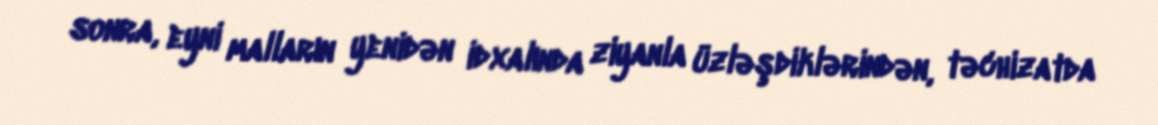
sonra, eyni malların yenidən idxalında ziyanla üzləşdiklərindən, təchizatda